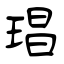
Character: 琩